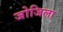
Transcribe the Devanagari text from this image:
जोजिला